Vaccination in the Punjab 1905-1918 - 1905-1918
Year: 1905
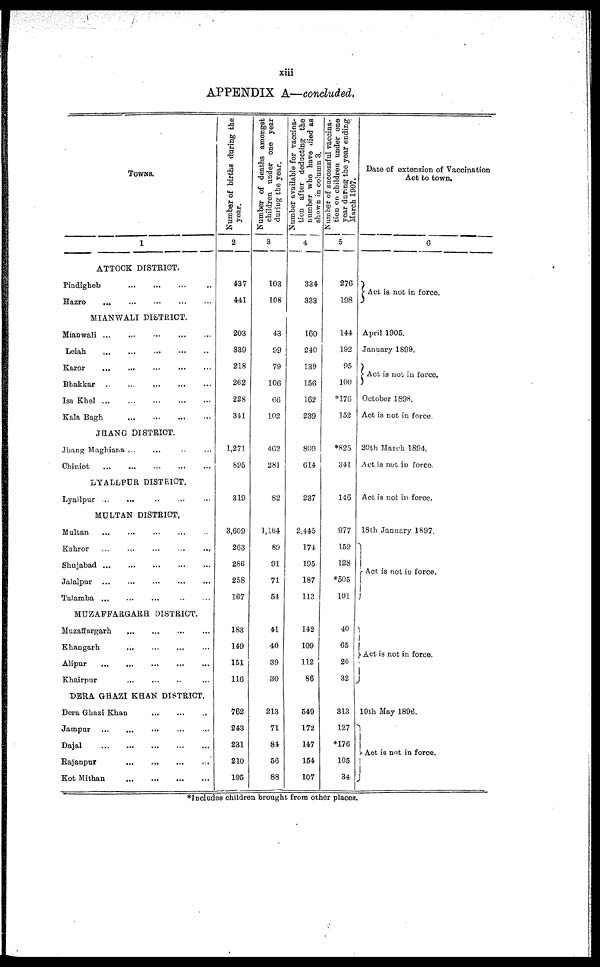
xiii
APPENDIX A—concluded.
TOWNS.
1
ATTOCK DISTRICT.
Pindigheb ... ... ... ...
Hazro ... ... ... ...
MIANWALI DISTRICT.
Mianwali ... ... ... ...
Leiah ... ... ... ... ...
Karor
...
...
...
...
...
Bhakkar
...
...
...
...
Isa Khel
...
...
...
...
Kala Bagh ... ... ... ...
JHANG DISTRICT.
Jhang Maghina ... ... ... ...
Chiniot ... ... ... ... ...
LYALLPUR DISTRICT.
Lyallpur ... ... ... ... ...
MULTAN DISTRICT.
Multan
...
...
...
...
...
Kahror ... ... ... ... ...
Shujabad
...
...
...
...
...
Jalalpur ... ... ... ... ...
Talamba ... ... ... ... ...
MUZAFFARGARH DISTRICT.
Muzaffargarh ... ... ... ...
Khangarh ... ... ... ... ...
Alipur ... ... ... ... ...
Khairpur ... ... ... ... ...
DERA GHAZI KHAN DISTRICT.
Dera Ghazi Khan ... ... ... ...
Jampur ... ... ... ... ...
Dajal
...
...
...
...
...
Rajanpur
...
...
...
...
...
Kot Mithan ... ... ... ...
Number of births during the
year.
2
437
441
203
339
218
262
228
341
1,271
895
319
3,609
263
286
258
167
183
149
151
116
762
243
231
210
195
Number of deaths amongst
children under one year
during the year.
3
103
108
43
99
79
106
66
102
462
281
82
1,164
89
91
71
54
41
40
39
30
213
71
84
56
88
Number available for vaccina-
tion after deducting the
number who have died as
shown in column 3.
4
334
333
160
240
139
156
162
239
800
614
237
2,445
174
195
187
113
142
109
112
86
549
172
147
154
107
Number of successful vaccina-
tion on children under one
year during the year ending
March 1907.
5
276
198
144
192
95
100
176
152
825
341
146
977
159
128
505
101
40
65
26
32
313
127
*176
105
34
Date of extension of Vaccination
Act to town.
6
Act is not in force.
April 1905.
January 1899.
Act is not in force.
October 1898.
Act is not in force
20th March 1894.
Act is not in force
Act is not in force.
18th January 1897
Act is not in force.
Act is not in force.
19th May 1896
Act is not in force.
*Includes children brought from other places.